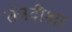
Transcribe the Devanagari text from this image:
तंत्रदीक्षा